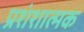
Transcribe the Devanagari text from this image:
प्रशंशात्मक